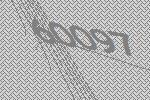
60097